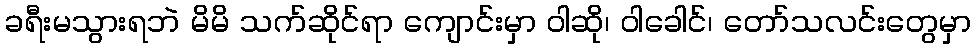
ခရီးမသွားရဘဲ မိမိ သက်ဆိုင်ရာ ကျောင်းမှာ ဝါဆို၊ ဝါခေါင်၊ တော်သလင်းတွေမှာ